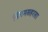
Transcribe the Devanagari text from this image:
निगमसहरसा